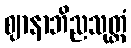
ဈာနာဘိညသုတ္တံ